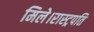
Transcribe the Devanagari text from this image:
मिले।रास्ट्रपति